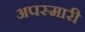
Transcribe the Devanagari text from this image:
अपस्मारी